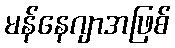
မန်နေဂျာအဖြစ်